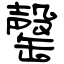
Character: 罄